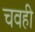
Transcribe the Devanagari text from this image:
चवही